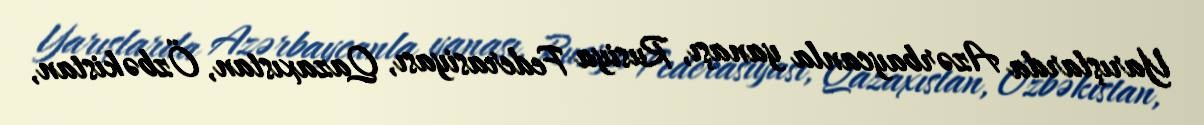
Yarışlarda Azərbaycanla yanaşı, Rusiya Federasiyası, Qazaxıstan, Özbəkistan,